Registration of youth, 1941
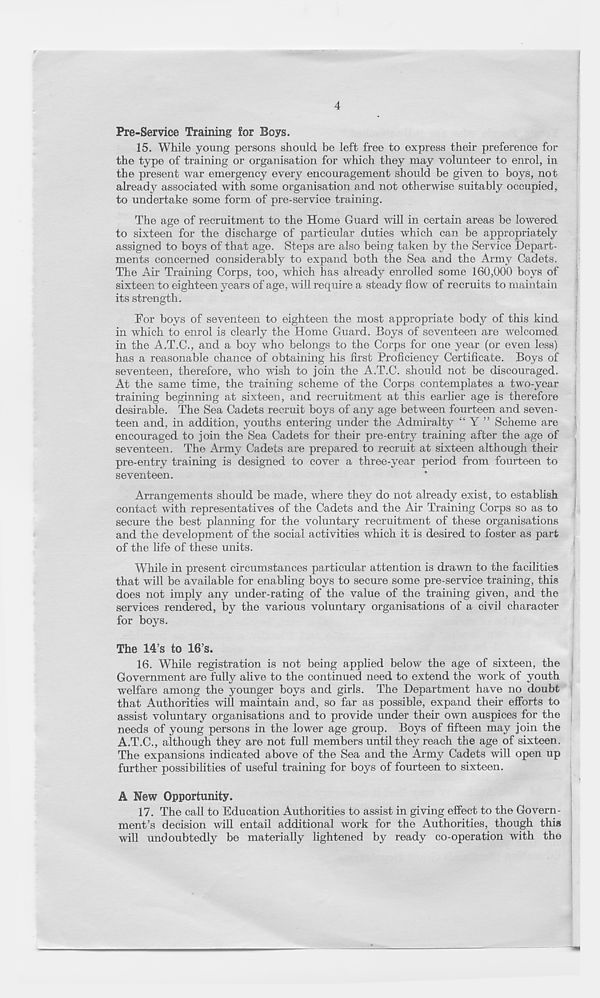
4
Pre-Service Training for Boys.
15. While young persons should be left free to express their preference for
the type of training or organisation for which they may volunteer to enrol, in
the present war emergency every encouragement should be given to boys, not
already associated with some organisation and not otherwise suitably occupied,
to undertake some form of pre-service training.
The age of recruitment to the Home Guard will in certain areas be lowered
to sixteen for the discharge of particular duties which can be appropriately
assigned to boys of that age. Steps are also being taken by the Service Depart-
ments concerned considerably to expand both the Sea and the Army Cadets.
The Air Training Corps, too, which has already enrolled some 160,000 boys of
sixteen to eighteen years of age, will require a steady flow of recruits to maintain
its strength.
For boys of seventeen to eighteen the most appropriate body of this kind
in which to enrol is clearly the Home Guard. Boj^s of seventeen are welcomed
in the A.T.C., and a boy who belongs to the Corps for one year (or even less)
has a reasonable chance of obtaining his first Proficiency Certificate. Boys of
seventeen, therefore, who wish to join the A.T.C. should not be discouraged.
At the same time, the training scheme of the Corps contemplates a two-year
training beginning at sixteen, and recruitment at this earlier age is therefore
desirable. The Sea Cadets recruit boys of any age between fourteen and seven-
teen and, in addition, youths entering under the Admiralty “ Y ” Scheme are
encouraged to join the Sea Cadets for their pre-entry training after the age of
seventeen. The Army Cadets are prepared to recruit at sixteen although their
pre-entry training is designed to cover a three-year period from fourteen to
seventeen.
Arrangements should be made, where they do not already exist, to establish
contact with representatives of the Cadets and the Air Training Corps so as to
secure the best planning for the voluntary recruitment of these organisations
and the development of the social activities which it is desired to foster as part
of the life of these units.
While in present circumstances particular attention is drawn to the facilities
that will be available for enabling boys to secure some pre-service training, this
does not imply any under-rating of the value of the training given, and the
services rendered, by the various voluntary organisations of a civil character
for boys.
The 14’s to 16’s.
16. While registration is not being applied below the age of sixteen, the
Government are fully alive to the continued need to extend the work of youth
welfare among the younger boys and girls. The Department have no doubt
that Authorities will maintain and, so far as possible, expand their efforts to
assist voluntary organisations and to provide under their own auspices for the
needs of young persons in the lower age group. Boys of fifteen may join the
A.T.C., although they are not full members until they reach the age of sixteen.
The expansions indicated above of the Sea and the Army Cadets will open up
further possibilities of useful training for boys of fourteen to sixteen.
A New Opportunity.
17. The call to Education Authorities to assist in giving effect to the Govern-
ment’s decision will entail additional work for the Authorities, though this
will undoubtedly be materially lightened by ready co-operation with the